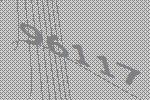
96117